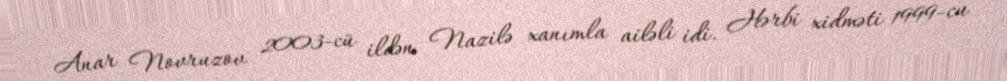
Anar Novruzov 2003-cü ildən Nazilə xanımla ailəli idi. Hərbi xidməti 1999-cu